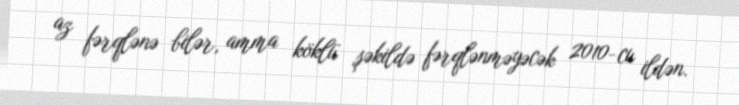
az fərqlənə bilər, amma köklü şəkildə fərqlənməyəcək 2010-cu ildən.